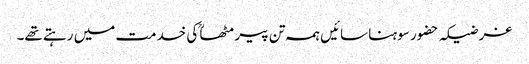
غرضیکہ حضور سوہنا سائیں ہمہ تن پیر مٹھاؒ کی خدمت میں رہتے تھے۔